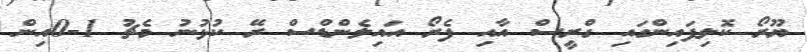
ޔޫރޯ ކޮލިފައިންގައި ގްރީސް އާއި ފެރޯ އައިލެންޑްސް ރޭ ކުޅުނު މެޗު 1-0އިން